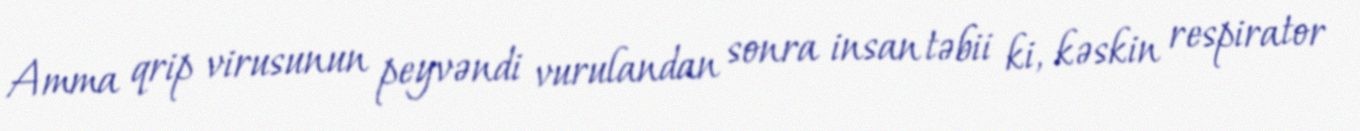
Amma qrip virusunun peyvəndi vurulandan sonra insan təbii ki, kəskin respirator